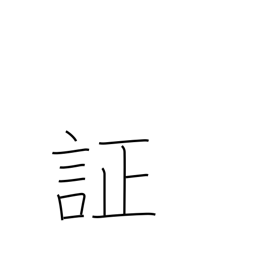
Meaning: evidence